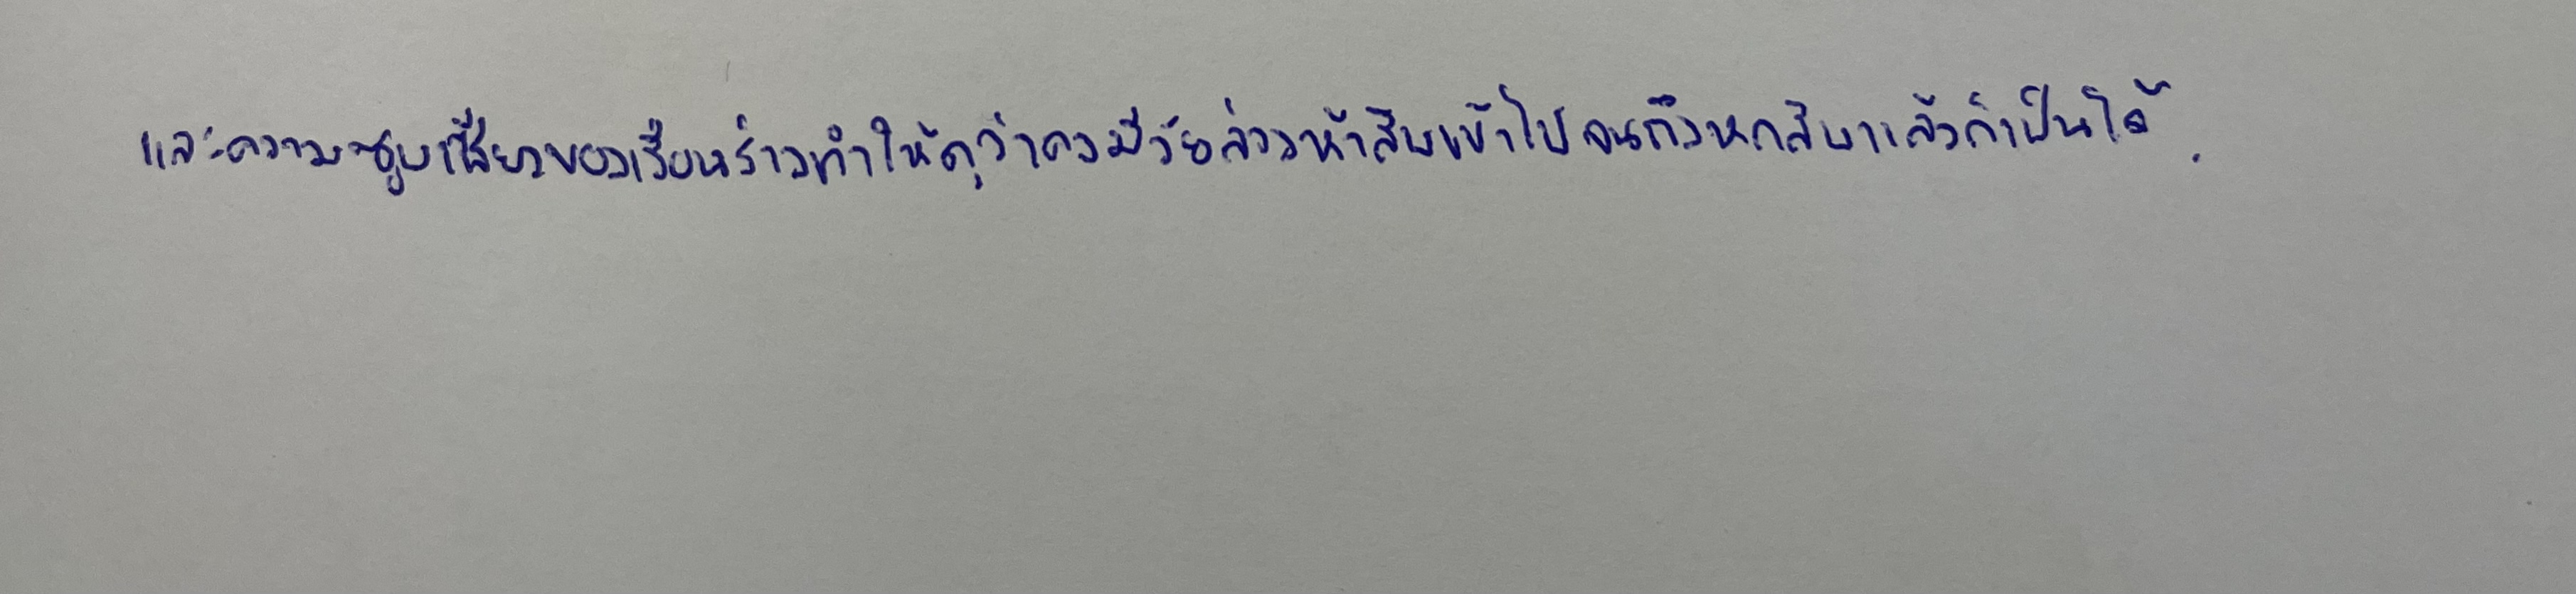
และความซูบเซียวของเรือนร่างทำให้ดุว่าคงมีวัยล่วงห้าสิบเข้าไปจนถึงหกสิบแล้วก็เป็นได้